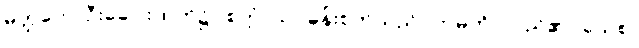
မတ္ထကေ၊ ဦးခေါင်းထက်၌။ စက္ကံ၊ သင်ဓုန်းစက်သည်။ ဘမတိ၊ လည်၏။ ယေစ၊